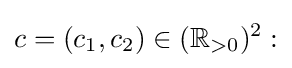
c=(c_{1},c_{2})\in (\mathbb {R} _{>0})^{2}: